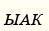
ЫАК